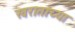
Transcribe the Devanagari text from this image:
खरातांच्या